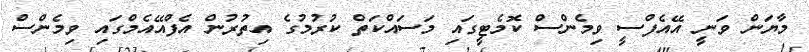
މާޔަން ވަނީ އޭއެފްސީ ވިމެންސް ކޮމެޓީގައި މަސައްކަތް ކުރުމުގެ އިތުރުން އެފްއޭއެމްގައި ވިމެންސް